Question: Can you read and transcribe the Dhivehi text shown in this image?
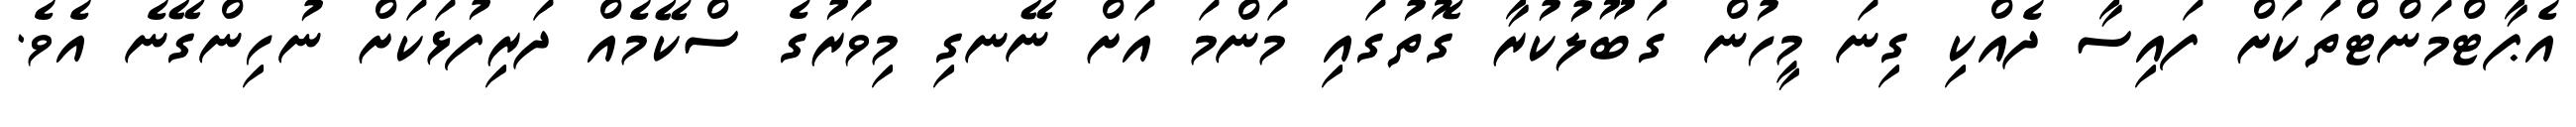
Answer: އެޕާޓްމަންޓްތަކަށް ފައިސާ ދެއްކި ގިނަ މީހުން ގަބޫލުކުރާ ގޮތުގައި މަންމަ އަށް ނޭނގި މިވަރުގެ ސްކޭމެއް ދަރިފުޅަކަށް ނުހިންގޭނެ އެވެ.